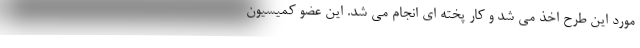
مورد این طرح اخذ می شد و کار پخته ای انجام می شد. این عضو کمیسیون